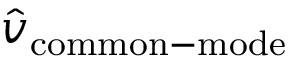
{ \hat { v } } _ { \mathrm { c o m m o n - m o d e } }